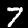
Label: 7